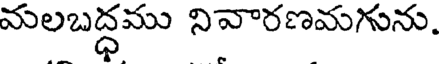
మలబద్ధము నివారణమగును.